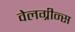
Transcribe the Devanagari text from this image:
वेलग्रीन्स